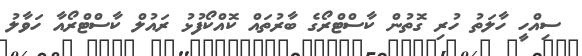
ސިއްހީ ހާލަތު ހުރި ގޮތުން ކާސްޓްރޯގެ ބާރުތައް ކޮއްކޯފުޅު ރައުލް ކާސްޓްރޯއާ ހަވާލު